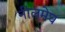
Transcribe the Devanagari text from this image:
नीलमेघ